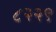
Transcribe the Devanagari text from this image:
८२२९